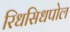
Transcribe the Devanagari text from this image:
रिधसिधपोल